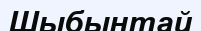
Шыбынтай